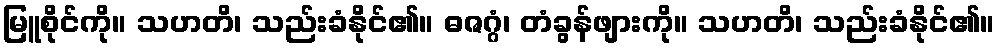
မြူစိုင်ကို။ သဟတိ၊ သည်းခံနိုင်၏။ ဓဇဂ္ဂံ၊ တံခွန်ဖျားကို။ သဟတိ၊ သည်းခံနိုင်၏။